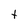
Character: t